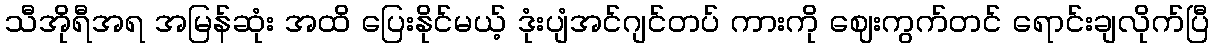
သီအိုရီအရ အမြန်ဆုံး အထိ ပြေးနိုင်မယ့် ဒုံးပျံအင်ဂျင်တပ် ကားကို ဈေးကွက်တင် ရောင်းချလိုက်ပြီ